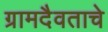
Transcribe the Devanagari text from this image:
ग्रामदैवताचे